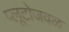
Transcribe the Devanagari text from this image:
प्लूटोजवळ